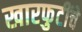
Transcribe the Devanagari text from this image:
खारफुटींचे